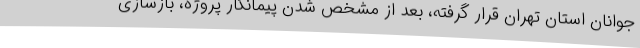
جوانان استان تهران قرار گرفته، بعد از مشخص شدن پیمانکار پروژه، بازسازی